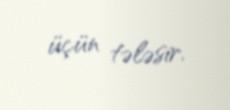
üçün tələsir.